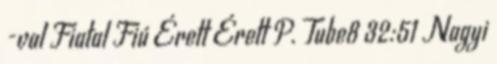
-val Fiatal Fiú Érett Érett P. Tube8 32:51 Nagyi